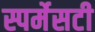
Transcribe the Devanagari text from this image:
स्पर्मेसटी